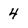
Character: 4